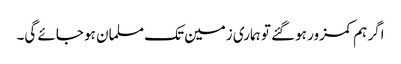
اگر ہم کمزور ہوگئے تو ہماری زمین تک مسلمان ہو جائے گی۔